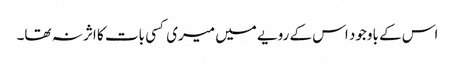
اس کے باوجود اس کے رویے میں میری کسی بات کا اثر نہ تھا۔